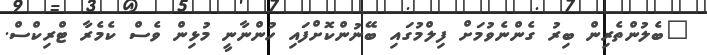
"ބެލުންތެރިން ބިރު ގެންނެވުމަށް ފިލްމުގައި ބޭނުންކޮށްފައި ހުންނާނީ މުޅިން ވެސް ކެމެރާ ޓްރިކްސް.